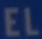
EL